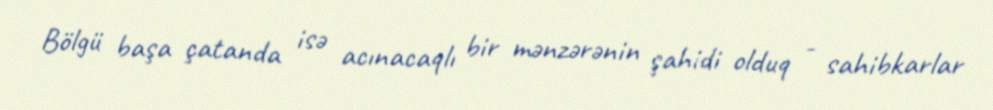
Bölgü başa çatanda isə acınacaqlı bir mənzərənin şahidi olduq - sahibkarlar